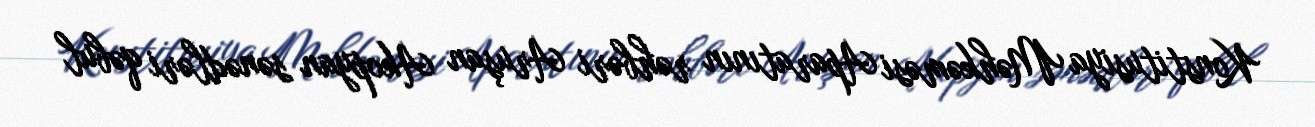
Konstitusiya Məhkəməsi Aparatının rəhbəri Aruşan Akopyan sənədləri qəbul